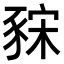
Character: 𧱍